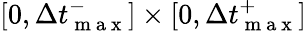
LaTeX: [0,\Delta{t}_{\mathrm{~m~a~x~}}^{-}]\times[0,\Delta{t}_{\mathrm{~m~a~x~}}^{+}]